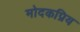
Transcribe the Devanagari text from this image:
मोदकप्रिय